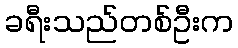
ခရီးသည်တစ်ဦးက